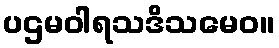
ပဌမဝါရသဒိသမေဝ။